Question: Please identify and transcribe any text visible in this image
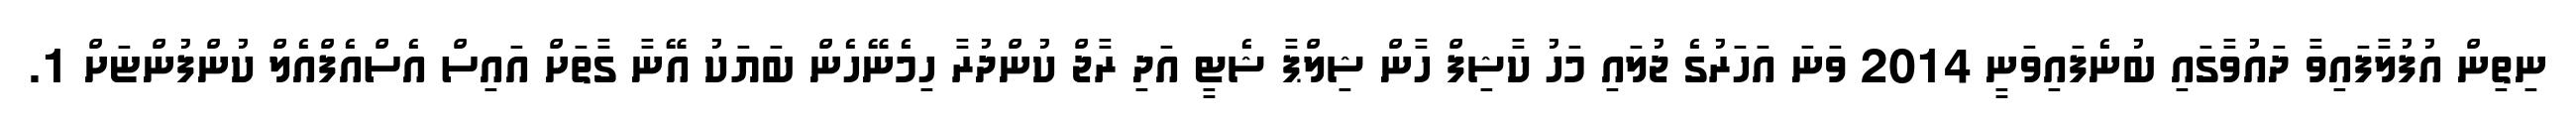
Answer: ނިތިން އުފުލާފައިވާ ދައުވާގައި ބުނެފައިވަނީ 2014 ވަނަ އަހަރުގެ ޖުލައި މަހު ކާޝިފް ހާން ޝިލްޕާ ޝެޓީ އަދި ރާޖް ކުންދުރާ ހިމެނޭހެން ބަޔަކު އޭނާ ގާތަށް އައިސް އެސްއެފްއެލް ކުންފުންޏަށް 1.